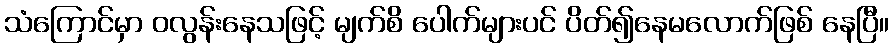
သံကြောင်မှာ ဝလွန်းနေသဖြင့် မျက်စိ ပေါက်များပင် ပိတ်၍နေမလောက်ဖြစ် နေပြီ။